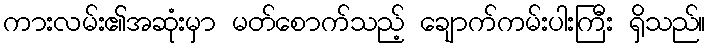
ကားလမ်း၏အဆုံးမှာ မတ်စောက်သည့် ချောက်ကမ်းပါးကြီး ရှိသည်။